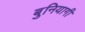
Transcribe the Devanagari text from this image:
बुनियागी